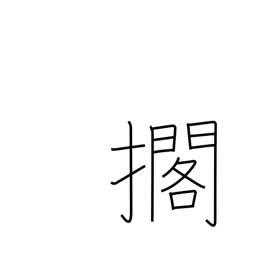
Meaning: lay down